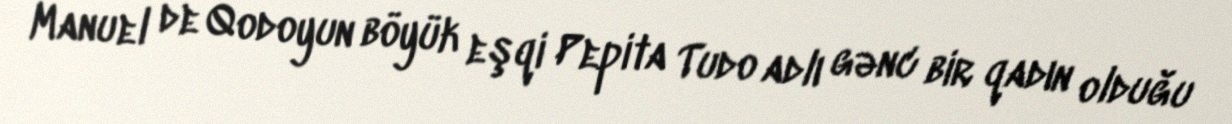
Manuel de Qodoyun böyük eşqi Pepita Tudo adlı gənc bir qadın olduğu